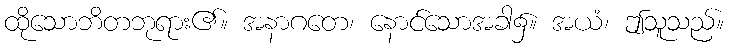
ထိုသောဘိတဘုရား၏။ အနာဂတေ၊ နောင်သောအခါ၌။ အယံ၊ ဤသူသည်။